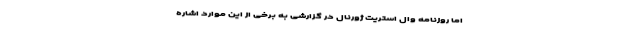
اما روزنامه وال استریت ژورنال در گزارشی به برخی از این موارد اشاره